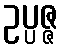
ဥပ္ပဇ္ဇ